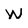
Character: W